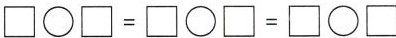
$$\Box \bigcirc \Box = \Box \bigcirc \Box = \Box \bigcirc \Box$$